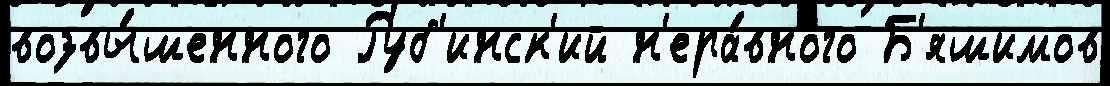
возвы́шенного Руб'инск'ий н'ера́вного Б'яшимов